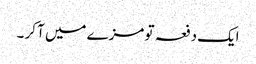
ایک دفعہ تو مزے میں آ کر ۔